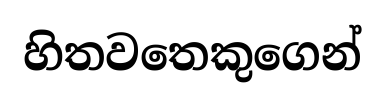
හිතවතෙකුගෙන්